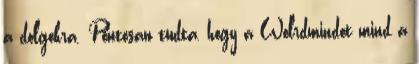
a dolgokra. Pontosan tudta, hogy a Wolrdmindot mind a